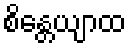
စိန္တေယျာထ